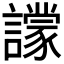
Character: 𧭙